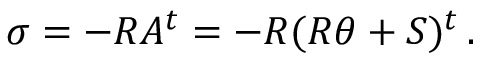
\sigma = - R A ^ { t } = - R ( R \theta + S ) ^ { t } \, .